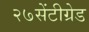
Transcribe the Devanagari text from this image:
२७सेंटीग्रेड